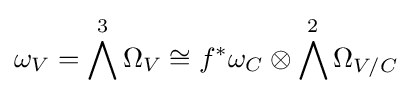
\omega _{V}=\bigwedge ^{3}\Omega _{V}\cong f^{*}\omega _{C}\otimes \bigwedge ^{2}\Omega _{V/C}